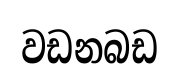
වඩනබඩ